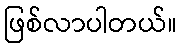
ဖြစ်လာပါတယ်။